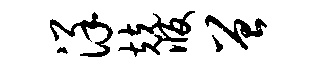
详兢版曾